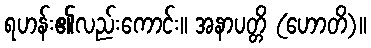
ရဟန်း၏လည်းကောင်း။ အနာပတ္တိ (ဟောတိ)။